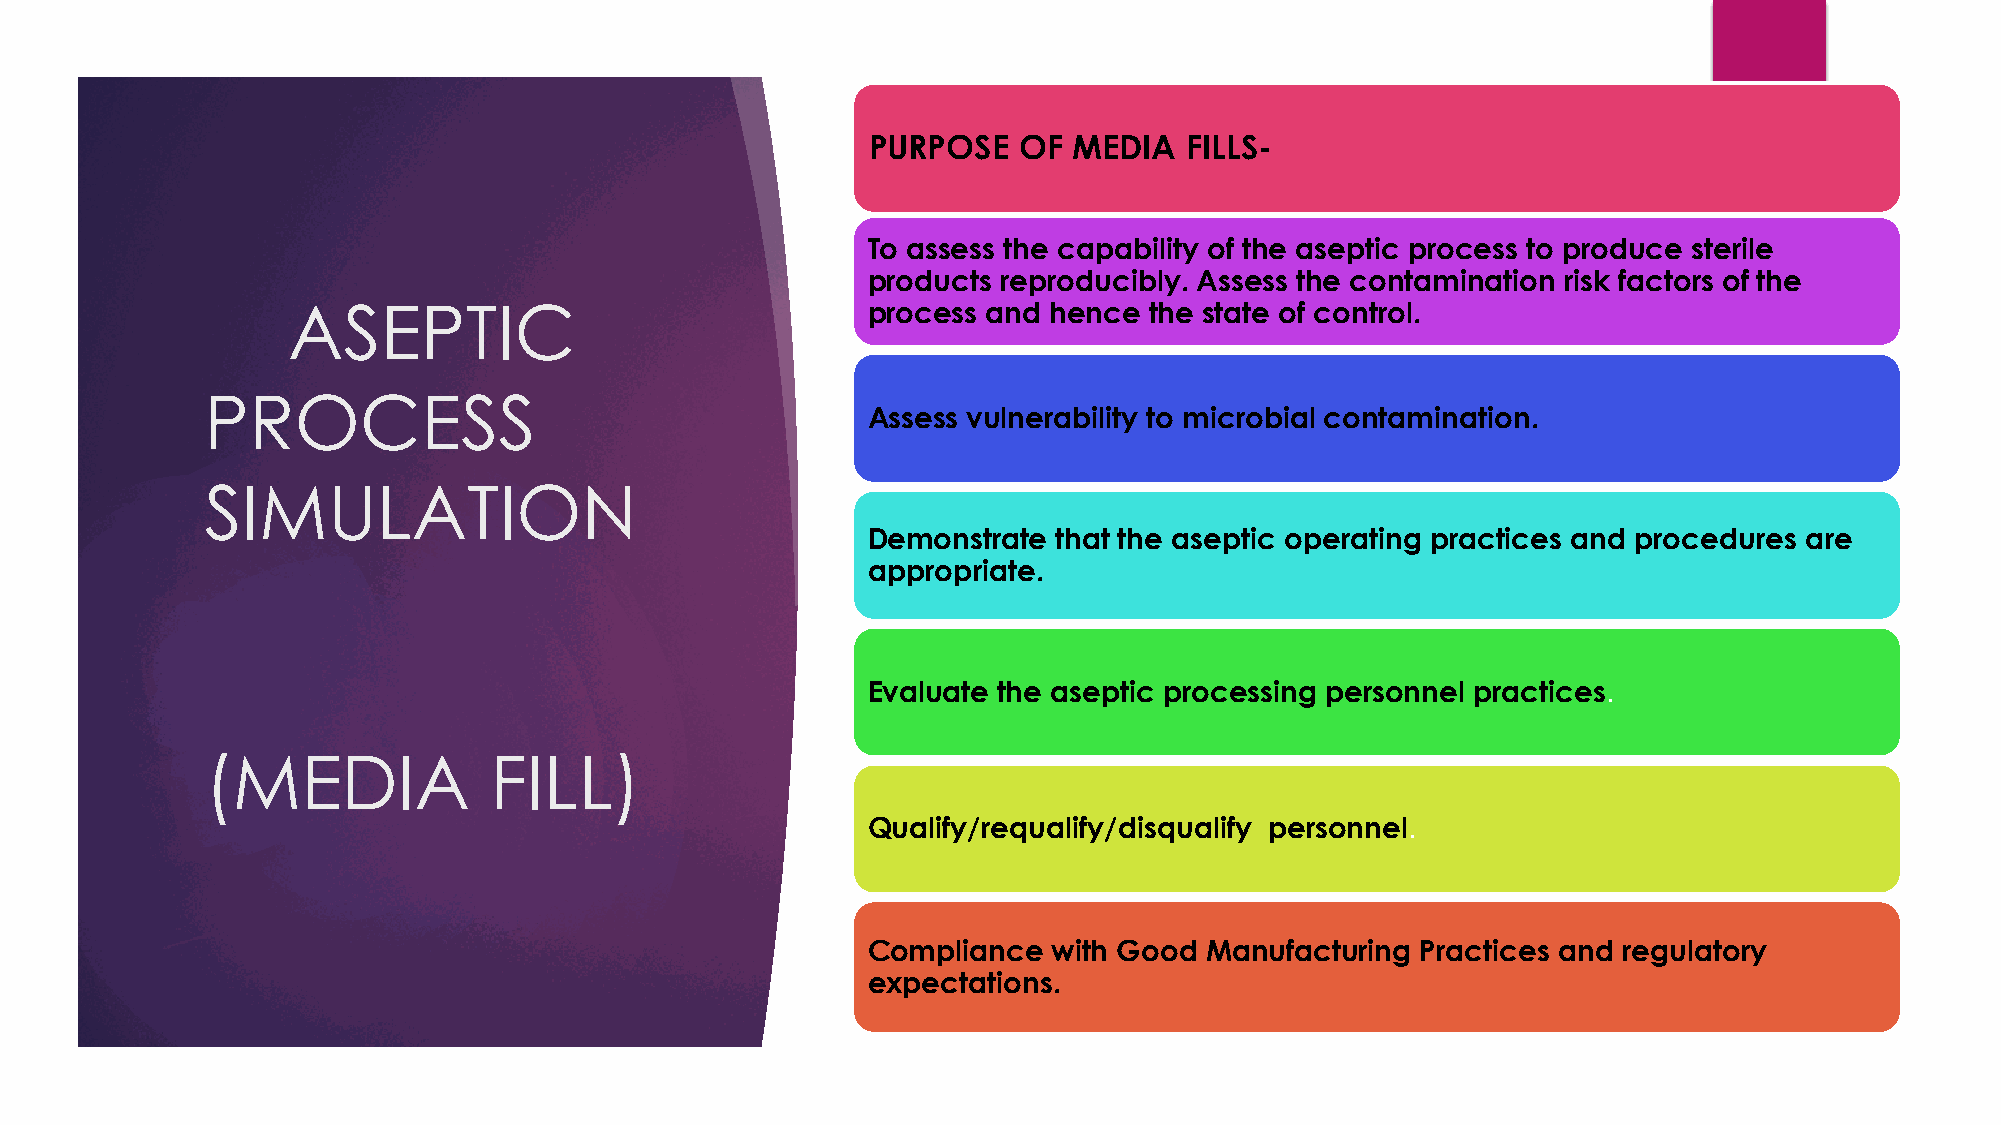
PURPOSE   OF  MEDIA   FILLS-
 To assess the capability of the aseptic process to produce sterile
 products reproducibly. Assess the contamination risk factors of the
 ASEPTIC                               process and hence  the state of control.
 PROCESS
 Assess vulnerability to microbial contamination.
 SIMULATION
 Demonstrate  that the aseptic operating practices and procedures are
 appropriate.
 Evaluate the aseptic processing personnel practices.
 (MEDIA            FILL)
 Qualify/requalify/disqualify personnel.
 Compliance   with Good Manufacturing Practices and regulatory
 expectations.